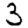
Digit: 3